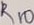
Text: R10